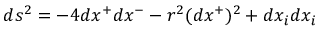
d s ^ { 2 } = - 4 d x ^ { + } d x ^ { - } - r ^ { 2 } ( d x ^ { + } ) ^ { 2 } + d x _ { i } d x _ { i }